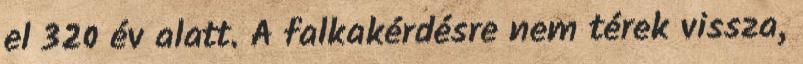
el 320 év alatt. A falkakérdésre nem térek vissza,